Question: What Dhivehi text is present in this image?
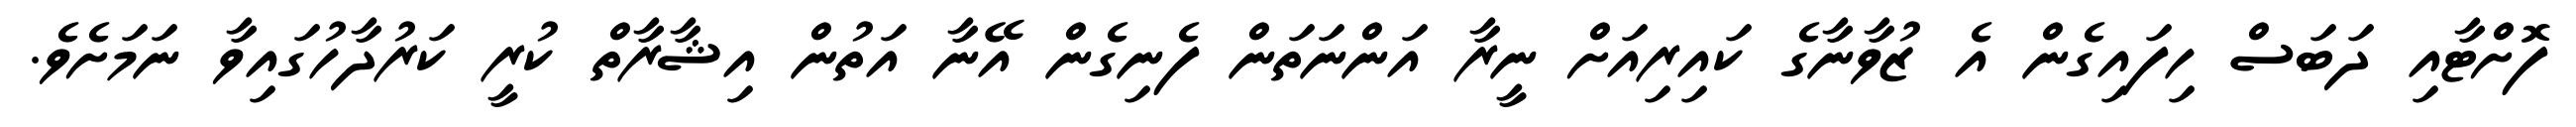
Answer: ފޮށްޓާއި ދަބަސް ހިފައިގެން އެ ޒުވާނާގެ ކައިރިއަށް ނީރާ އަންނަތަން ފެނިގެން އޭނާ އަތުން އިޝާރާތް ކުރީ ކަރުދާހުގައިވާ ނަމަށެވެ.